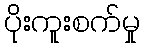
ပိုးကူးစက်မှု